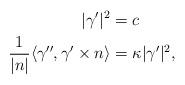
LaTeX: \begin{align*}|\gamma'|^2&=c \\\frac{1}{|n|}\langle\gamma'',\gamma'\times n\rangle&=\kappa |\gamma'|^2,\end{align*}